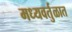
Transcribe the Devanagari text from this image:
मध्यवर्तुळात